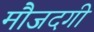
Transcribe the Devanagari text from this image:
मौजदगी